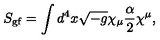
S _ { \mathrm { g f } } = \int d ^ { 4 } x \sqrt { - g } \chi _ { \mu } \frac { \alpha } { 2 } \chi ^ { \mu } ,